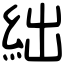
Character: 絀